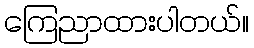
ကြေညာထားပါတယ်။